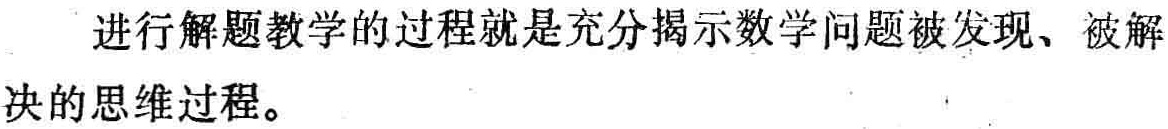
进行解题教学的过程就是充分揭示数学问题被发现、被解决的思维过程。